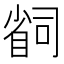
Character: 𫵆